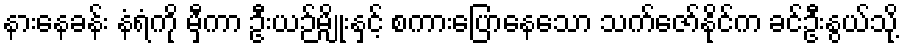
နားနေခန်း နံရံကို မှီကာ ဦးယဉ်မျိုးနှင့် စကားပြောနေသော သက်ဇော်နိုင်က ခင်ဦးနွယ်သို့